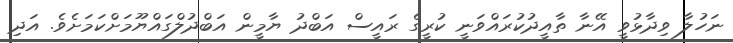
ނަހުލާ ވިދާޅުވީ އޭނާ ތާއީދުކުރައްވަނީ ކުރީގެ ރައީސް އަބްދު ޔާމީން އަބްދުލްގައްޔޫމަށްކަމަށެވެ. އަދި